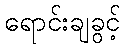
ရောင်းချခွင့်